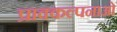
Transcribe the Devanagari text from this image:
प्राक्कल्पनाओं